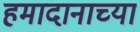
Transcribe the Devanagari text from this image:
हमादानाच्या